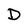
Character: D